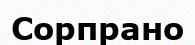
Сорпрано